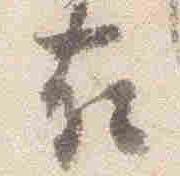
在